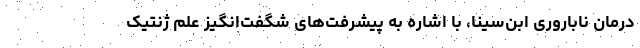
درمان ناباروری ابن‌سینا، با اشاره به پیشرفت‌های شگفت‌انگیز علم ژنتیک